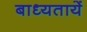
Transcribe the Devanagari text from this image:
बाध्यतायें